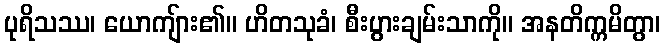
ပုရိသဿ၊ ယောကျ်ား၏။ ဟိတသုခံ၊ စီးပွားချမ်းသာကို။ အနတိက္ကမိတွာ၊